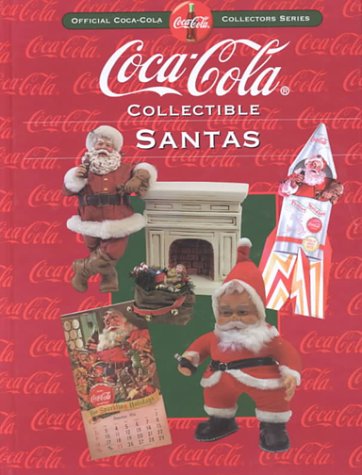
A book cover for Coca-Cola Collectible Santas: Official Coca-Cola Collectors Series; Crafts, Hobbies & Home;